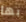
بها